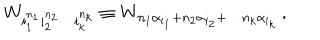
LaTeX: W _ { i _ { 1 } ^ { n _ { 1 } } i _ { 2 } ^ { n _ { 2 } } \cdots i _ { k } ^ { n _ { k } } } \equiv W _ { n _ { 1 } \alpha _ { i _ { 1 } } + n _ { 2 } \alpha _ { i _ { 2 } } + \cdots n _ { k } \alpha _ { i _ { k } } } \, .